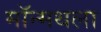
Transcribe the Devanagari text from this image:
मॉन्मथला